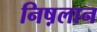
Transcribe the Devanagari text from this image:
निष़लान